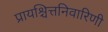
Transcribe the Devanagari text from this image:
प्रायश्चित्तनिवारिणी